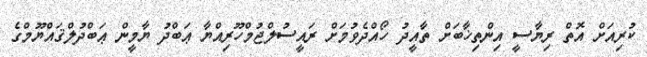
ކުރިއަށް އޮތް ރިޔާސީ އިންތިޚާބަށް ތާއީދު ހޯއްދެވުމަށް ރައީސުލްޖުމްހޫރިއްޔާ ޢަބްދު ޔާމީން ޢަބްދުލްޤައްޔޫމްގެ